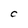
Character: C